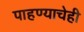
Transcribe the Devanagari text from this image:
पाहण्याचेही